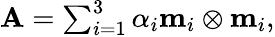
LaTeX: \begin{array}{r}{\mathbf{A}=\sum_{i=1}^{3}\alpha_{i}\mathbf{m}_{i}\otimes\mathbf{m}_{i},}\end{array}